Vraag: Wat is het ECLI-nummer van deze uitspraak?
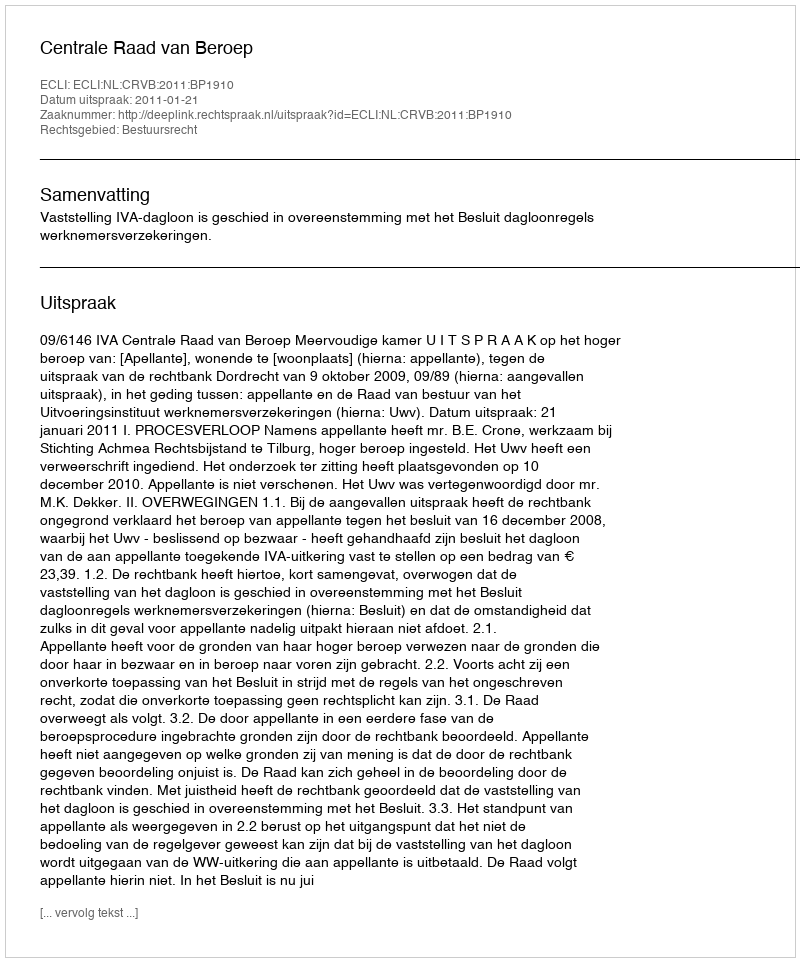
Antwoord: ECLI:NL:CRVB:2011:BP1910